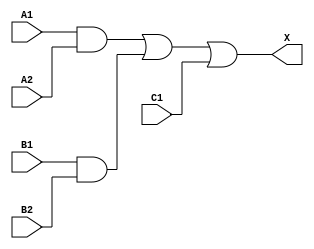
`timescale 1ps/1ps
module cell_a221o
(
    input wire A1,
    input wire A2,
    input wire B1,
    input wire B2,
    input wire C1,
    output wire X
);
    assign X = ((A1 & A2) | (B1 & B2) | C1);
endmodule